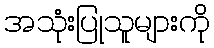
အသုံးပြုသူများကို